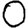
Digit: 0